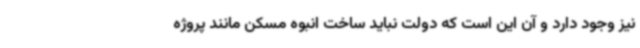
نیز وجود دارد و آن این است که دولت نباید ساخت انبوه مسکن مانند پروژه